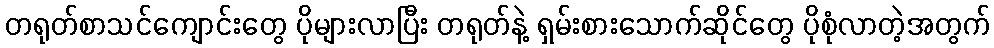
တရုတ်စာသင်ကျောင်းတွေ ပိုများလာပြီး တရုတ်နဲ့ ရှမ်းစားသောက်ဆိုင်တွေ ပိုစုံလာတဲ့အတွက်